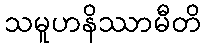
သမူဟနိဿာမီတိ